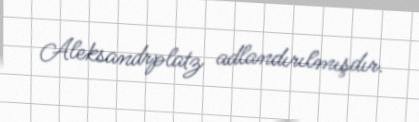
Aleksandrplatz adlandırılmışdır.